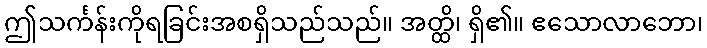
ဤသင်္ကန်းကိုရခြင်းအစရှိသည်သည်။ အတ္ထိ၊ ရှိ၏။ ဧသောလာဘော၊